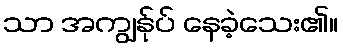
သာ အကျွန်ုပ် နေခဲ့သေး၏။